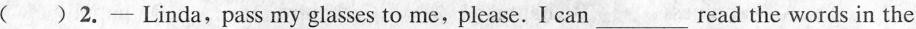
() 2. —Linda,pass my glasses to me,please. I can___read the words in the